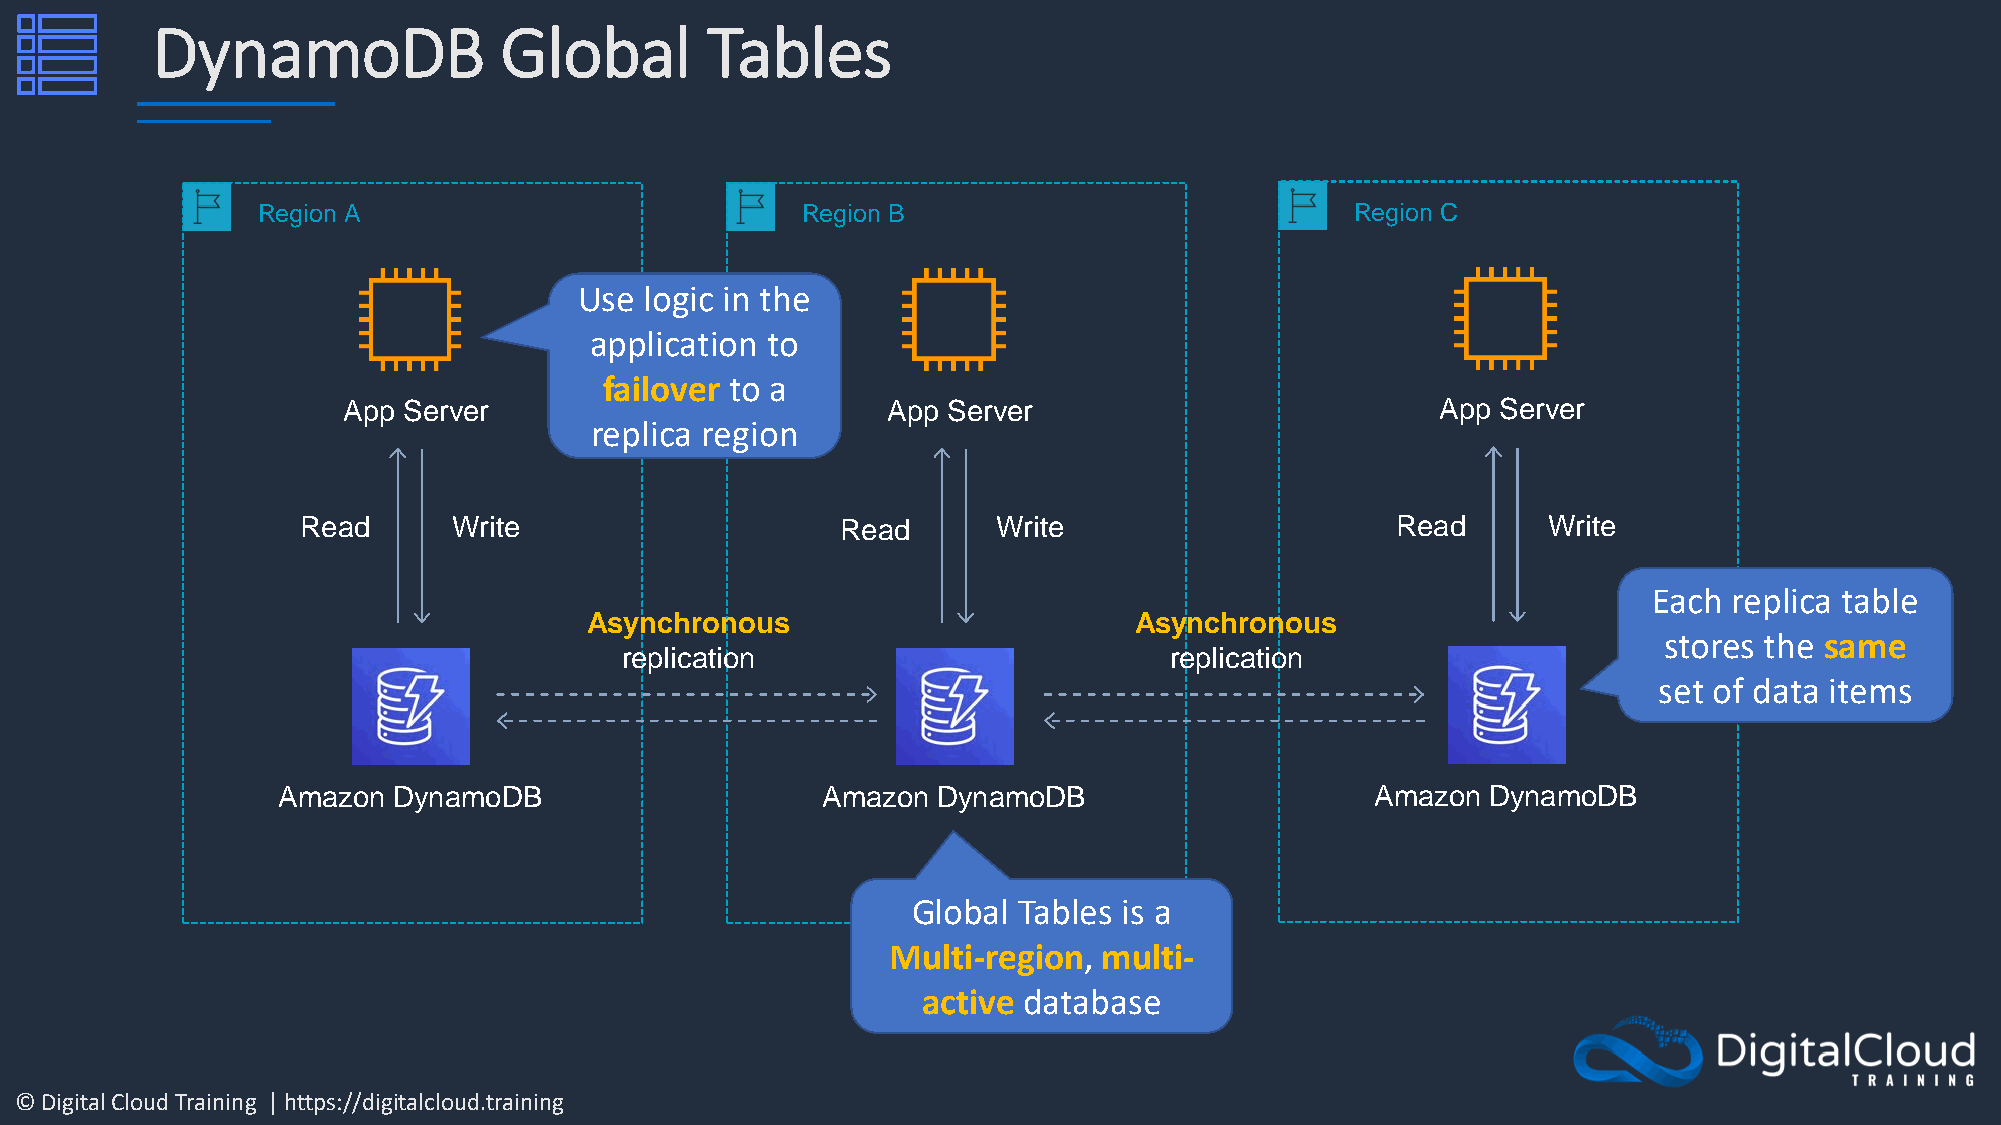
DynamoDB               Global        Tables
 Region A                            Region B                             Region C
 Use  logic in the
 application to
 failover to a
 App Server                          App Server                          App Server
 replica region
 Read      Write                     Read      Write                     Read      Write
 Each  replica table
 Asynchronous                        Asynchronous
 stores the same
 replication                         replication
 set of data items
 Amazon  DynamoDB                    Amazon  DynamoDB                     Amazon  DynamoDB
 Global Tables is a
 Multi-region, multi-
 active database
 © Digital Cloud Training | https://digitalcloud.training